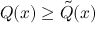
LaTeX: Q ( x ) \geq { \tilde { Q } } ( x )